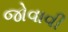
જોવાવી